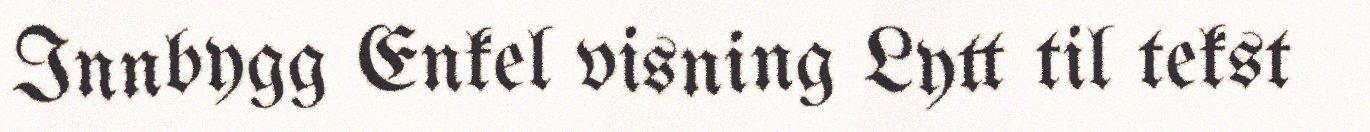
Innbygg Enkel visning Lytt til tekst